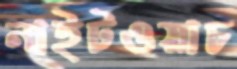
নাইটওয়াচ